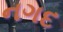
નગદ